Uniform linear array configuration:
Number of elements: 8
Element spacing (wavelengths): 0.25
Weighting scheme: hamming
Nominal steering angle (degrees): -60
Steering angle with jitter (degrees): -58.078
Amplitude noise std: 0.05
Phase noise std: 0.05

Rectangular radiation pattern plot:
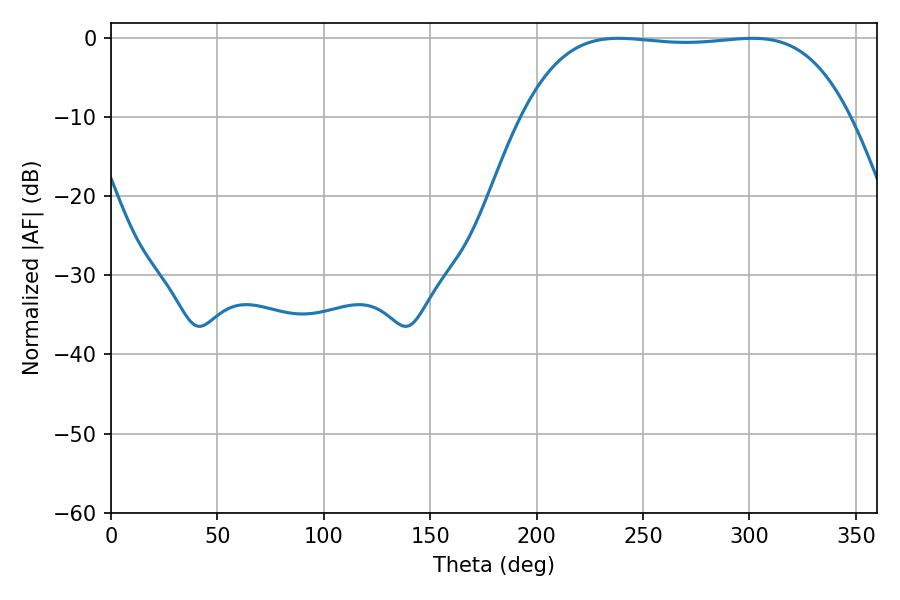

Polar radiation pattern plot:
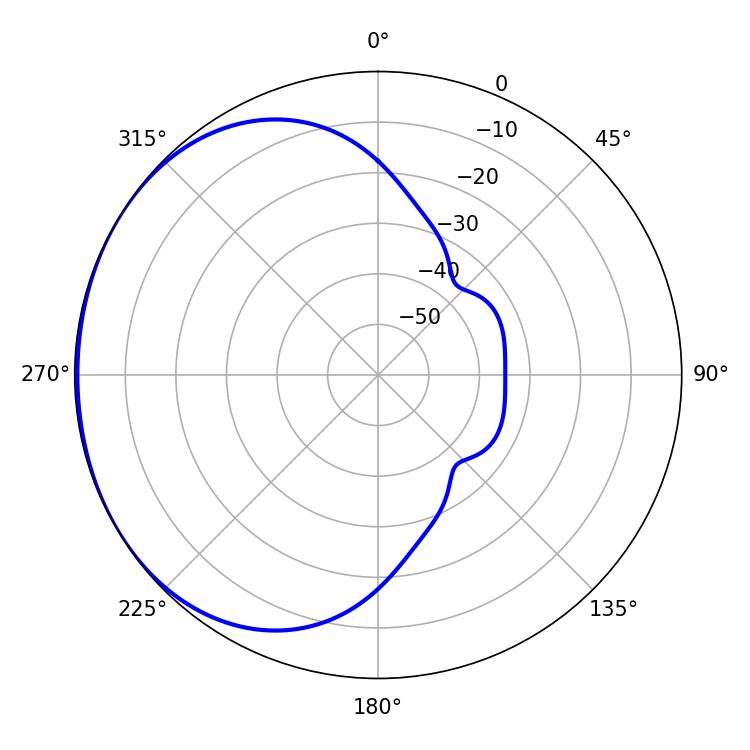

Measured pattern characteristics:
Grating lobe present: FALSE
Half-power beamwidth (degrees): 120.24
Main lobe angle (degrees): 238.5